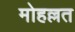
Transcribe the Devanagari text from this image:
मोहल्लत